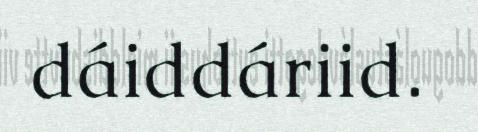
dáiddáriid.